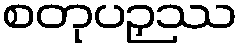
စတုပဉှဿ